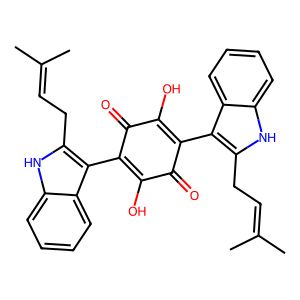
SMILES: CC(C)=CCc1[nH]c2ccccc2c1C1=C(O)C(=O)C(c2c(CC=C(C)C)[nH]c3ccccc23)=C(O)C1=O
Inhibits HIV replication: No